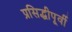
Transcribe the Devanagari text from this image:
प्रसिद्धीपूर्वी